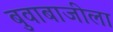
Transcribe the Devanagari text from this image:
बुवाबाजीला